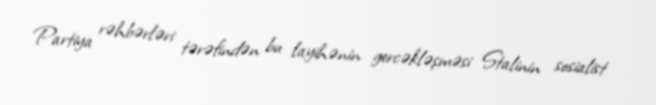
Partiya rəhbərləri tərəfindən bu layihənin gercəkləşməsi Stalinin sosialist